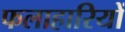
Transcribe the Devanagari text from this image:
फलाहारियों